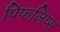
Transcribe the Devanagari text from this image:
पिफलिप्स